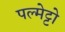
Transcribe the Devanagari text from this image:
पल्मेट्टो